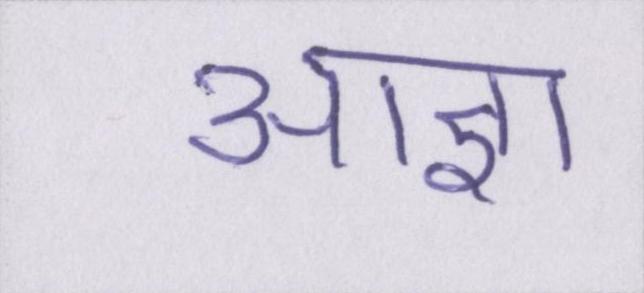
आज्ञा